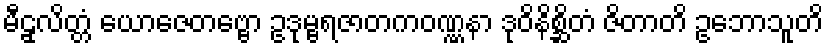
မီဠှလိတ္တံ ယောဇေတဗ္ဗော ဥဒုမ္ဗရဇာတကဝဏ္ဏနာ ဒုဝိနိစ္ဆိတံ ဇိတာတိ ဥဘောသူတိ